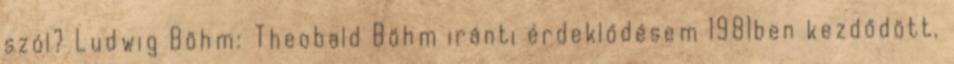
szól? Ludwig Böhm: Theobald Böhm iránti érdeklődésem 1981ben kezdődött,